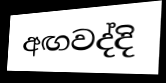
අඟවද්දි